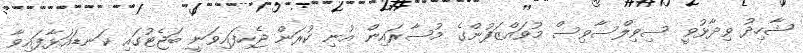
ޝާހިދު ވިދާޅުވީ ސިވިލްސާވިސް މުވައްޒަފުންގެ މުސާރައިން އުނި ކުރަން ޖެހިފައިވަނީ ބަޖެޓުގައި ކަނޑައަޅާފައިވާ